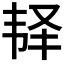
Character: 𩏽